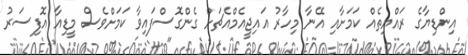
އިންޑިޔާގެ ރައްޔިތެއް ކަމަށާއި އޭނާ މިހާރު އައިޖީއެމްއެޗަށް ގެންގޮސްފައިވާ ކަމަށްވެސް މީޑިއާ އޮފިސަރު